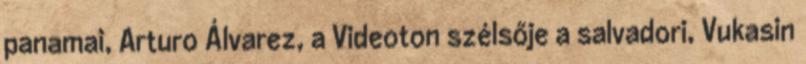
panamai, Arturo Álvarez, a Videoton szélsője a salvadori, Vukasin